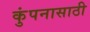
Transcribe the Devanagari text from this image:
कुंपनासाठी